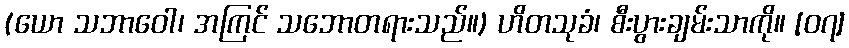
(ယော သဘာဝေါ၊ အကြင် သဘောတရားသည်။) ဟိတသုခံ၊ စီးပွားချမ်းသာကို။ [၀၇]